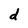
Character: d